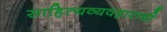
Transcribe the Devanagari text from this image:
साहित्यव्यवहाराची